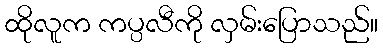
ထိုလူက ကပ္ပလီကို လှမ်းပြောသည်။